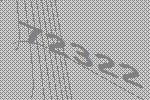
72322